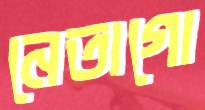
নেতাগো